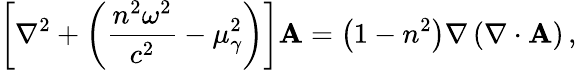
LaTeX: \left[\nabla^{2}+\left(\frac{n^{2}\omega^{2}}{c^{2}}-\mu_{\gamma}^{2}\right)\right]{\mathbf A}=\left(1-n^{2}\right)\nabla\left(\nabla\cdot{\mathbf A}\right)\, ,